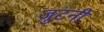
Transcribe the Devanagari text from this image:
जुटनी